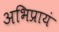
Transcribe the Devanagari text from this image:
अभिप्रायं